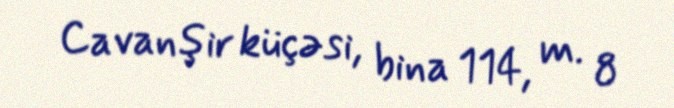
Cavanşir küçəsi, bina 114, m. 8